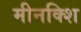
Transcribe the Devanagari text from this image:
मीनक्शि